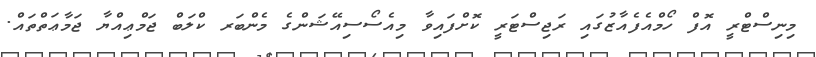
މިނިސްޓްރީ އޮފް ހޯމްއެފެއާޒުގައި ރަޖިސްޓަރީ ކޮށްފައިވާ މިއެސޯސިއޭޝަންގެ މެންބަރ ކްލަބް ޖަމްޢިއްޔާ ޖަމާޢަތްތައް.